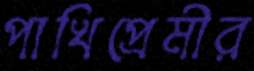
পাখিপ্রেমীর